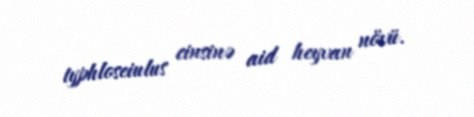
typhloseiulus cinsinə aid heyvan növü.